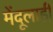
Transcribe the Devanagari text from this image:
मेंदूलाही